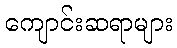
ကျောင်းဆရာများ